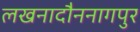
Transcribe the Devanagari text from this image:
लखनादौननागपुर